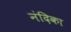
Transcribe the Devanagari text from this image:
नंदिका